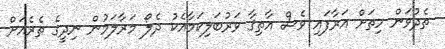
ތެދުވަން ހިތަށް އަރާފައި ވެސް އާތިޤާ ވަރުބަލިކަމާއެކު ދެލޯ މަރާލަމުން ނިދީގެ ތެރެއަށް